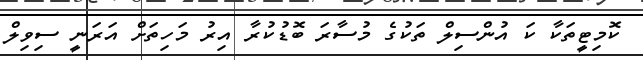
ކޮމިޓީތަކާ ކަ އުންސިލް ތަކުގެ މުސާރަ ބޮޑުކުރާ އިރު މަހިތަށް އަރަނީ ސިވިލް